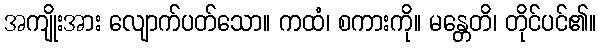
အကျိုးအား လျောက်ပတ်သော။ ကထံ၊ စကားကို။ မန္တေတိ၊ တိုင်ပင်၏။